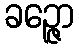
ခဉ္ဇော